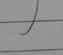
Signature authenticity: forged